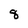
Character: 8